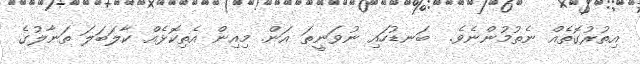
އިތުރުގޮތެއް ނެތުމުންނެވެ.  ބަނޑުހައި ނުވަނީތަ އަން. މިއިން އެތިކޮޅެއް ކާލަބަލަ ތަނާލުގެ